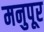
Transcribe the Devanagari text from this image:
मनुपूर